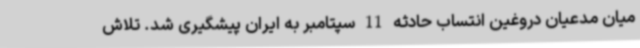
میان مدعیان دروغین انتساب حادثه 11 سپتامبر به ایران پیشگیری شد. تلاش